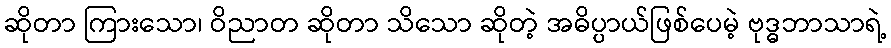
ဆိုတာ ကြားသော၊ ဝိညာတ ဆိုတာ သိသော ဆိုတဲ့ အဓိပ္ပာယ်ဖြစ်ပေမဲ့ ဗုဒ္ဓဘာသာရဲ့